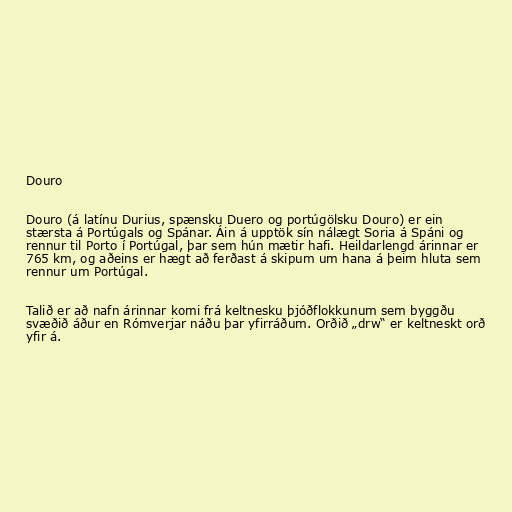
Douro

Douro (á latínu Durius, spænsku Duero og portúgölsku Douro) er ein
stærsta á Portúgals og Spánar. Áin á upptök sín nálægt Soria á Spáni og
rennur til Porto í Portúgal, þar sem hún mætir hafi. Heildarlengd árinnar er
765 km, og aðeins er hægt að ferðast á skipum um hana á þeim hluta sem
rennur um Portúgal.

Talið er að nafn árinnar komi frá keltnesku þjóðflokkunum sem byggðu
svæðið áður en Rómverjar náðu þar yfirráðum. Orðið „drw“ er keltneskt orð
yfir á.